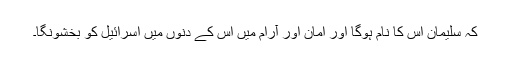
کہ سلیمان اُس کا نام ہوگا اور امان اور آرام میں اُس کے دنِوں میں اسرائیل کو بخشونگا۔